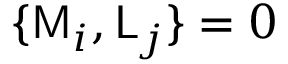
\{ \mathsf { M } _ { i } , \mathsf { L } _ { j } \} = 0